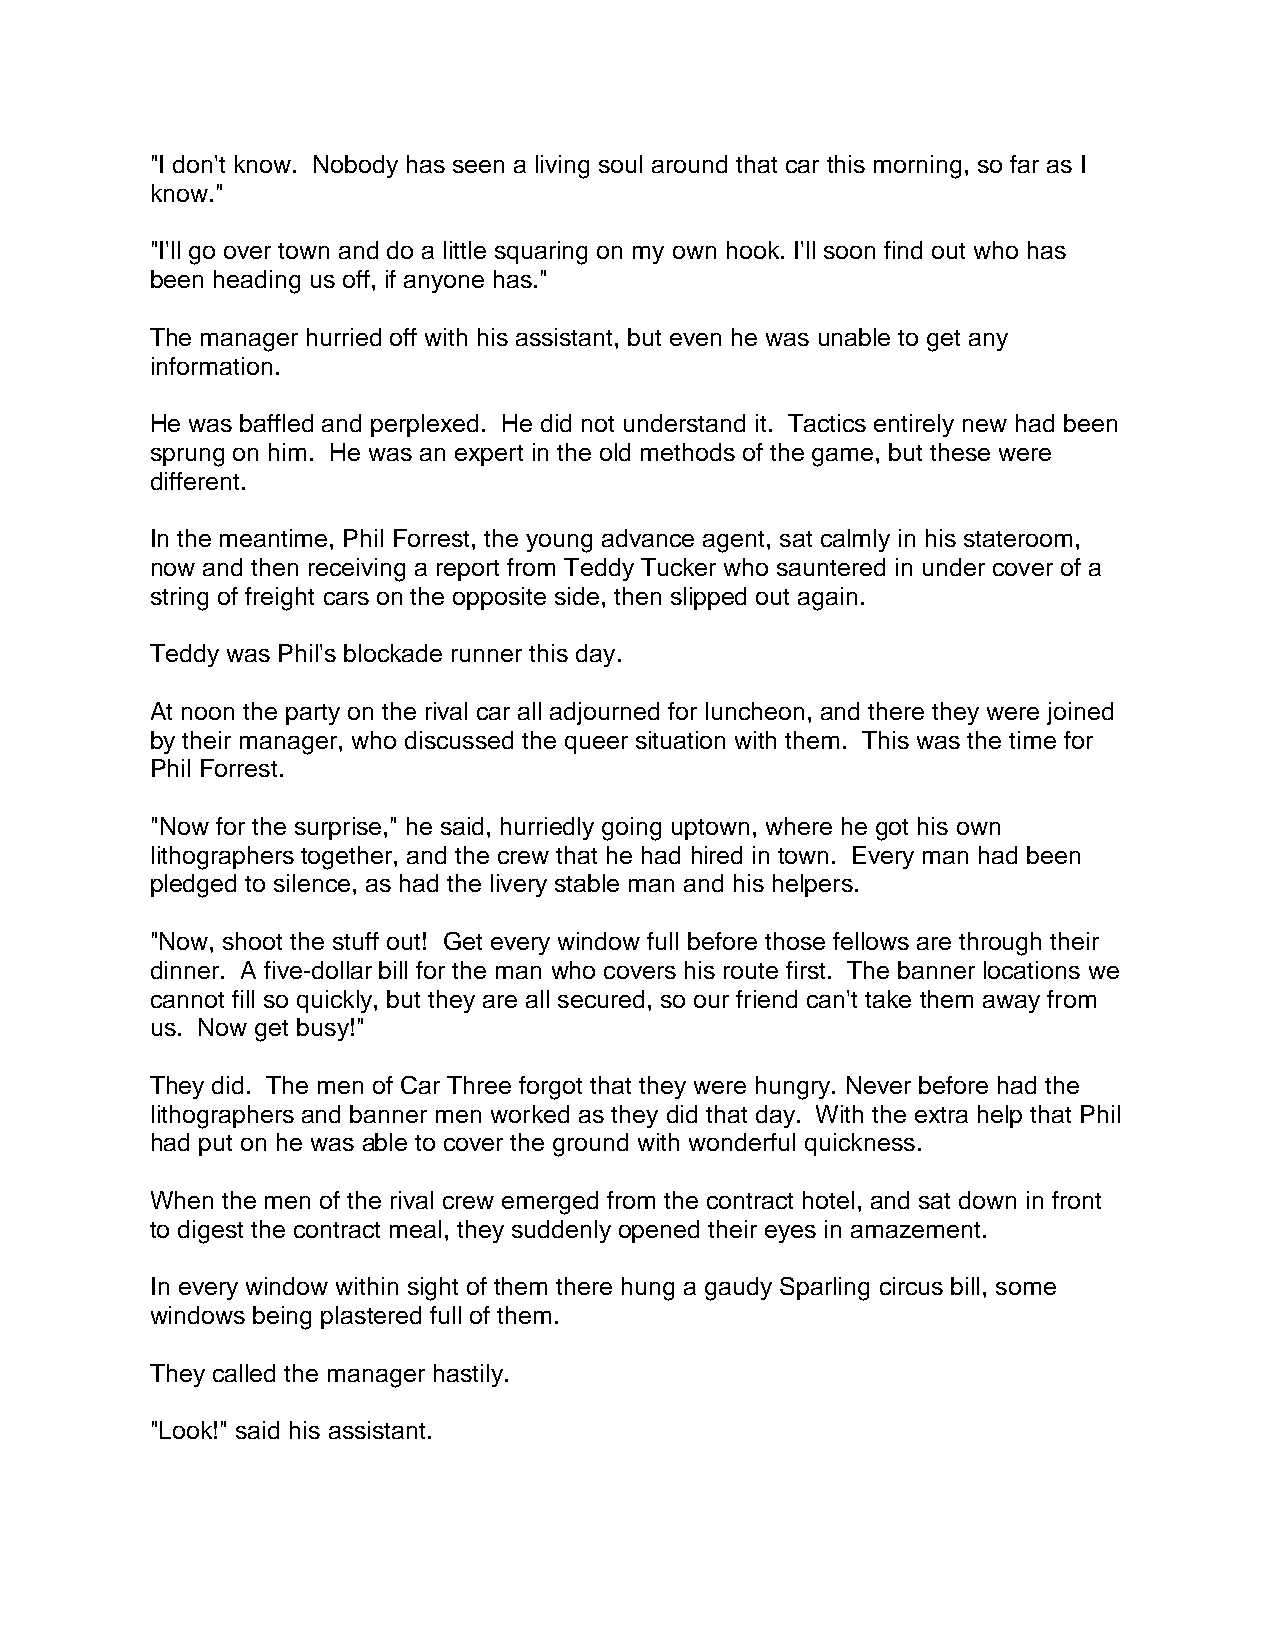
"I don't know. Nobody has seen a living soul around that car this morning, so far as I
 know."
 "I'll go over town and do a little squaring on my own hook. I'll soon find out who has
 been heading us off, if anyone has."
 The manager hurried off with his assistant, but even he was unable to get any
 information.
 He was baffled and perplexed. He did not understand it. Tactics entirely new had been
 sprung on him. He was an expert in the old methods of the game, but these were
 different.
 In the meantime, Phil Forrest, the young advance agent, sat calmly in his stateroom,
 now and then receiving a report from Teddy Tucker who sauntered in under cover of a
 string of freight cars on the opposite side, then slipped out again.
 Teddy was Phil's blockade runner this day.
 At noon the party on the rival car all adjourned for luncheon, and there they were joined
 by their manager, who discussed the queer situation with them. This was the time for
 Phil Forrest.
 "Now for the surprise," he said, hurriedly going uptown, where he got his own
 lithographers together, and the crew that he had hired in town. Every man had been
 pledged to silence, as had the livery stable man and his helpers.
 "Now, shoot the stuff out! Get every window full before those fellows are through their
 dinner. A five-dollar bill for the man who covers his route first. The banner locations we
 cannot fill so quickly, but they are all secured, so our friend can't take them away from
 us. Now get busy!"
 They did. The men of Car Three forgot that they were hungry. Never before had the
 lithographers and banner men worked as they did that day. With the extra help that Phil
 had put on he was able to cover the ground with wonderful quickness.
 When the men of the rival crew emerged from the contract hotel, and sat down in front
 to digest the contract meal, they suddenly opened their eyes in amazement.
 In every window within sight of them there hung a gaudy Sparling circus bill, some
 windows being plastered full of them.
 They called the manager hastily.
 "Look!" said his assistant.